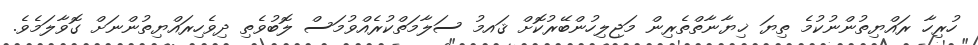
ހުރިހާ ރައްޔިތުންނުކުމެ ތިޔަ ޚިޔާނާތްތެރިން މަޖިލިހުންބޭރުކޮށް ޤައމު ސަލާމަތްކުރެއްވުމަސް ލޮބުވެތި ދިވެހިރައްޔިތުންނަށް ގޮވާލަމެވެ.